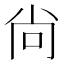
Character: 尙